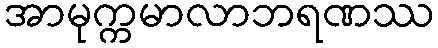
အာမုက္ကမာလာဘရဏဿ